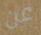
عن